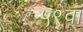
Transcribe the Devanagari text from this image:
५९वां